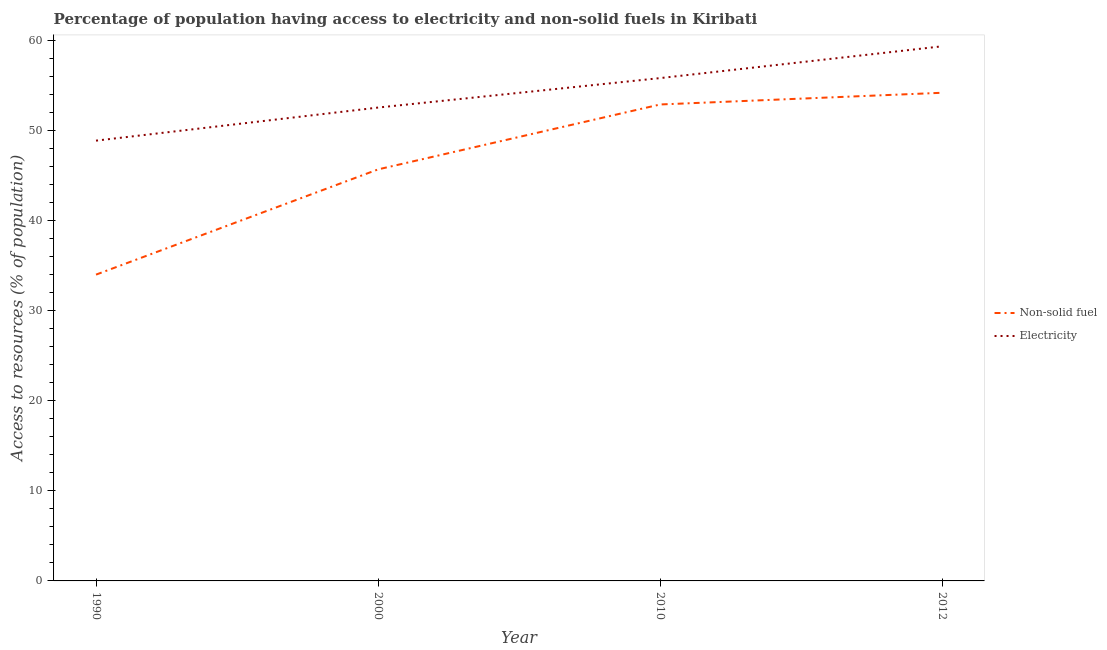
| Year | Non-solid fuel | Electricity |
 | --- | --- | --- |
 | 1990 | 34 | 48.9 |
 | 2000 | 45.7 | 52.5 |
 | 2010 | 52.9 | 55.8 |
 | 2012 | 54.2 | 59.3 |